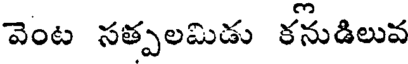
వెంట సత్పలమిడు కనుడిలువ